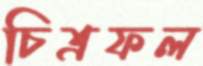
চিত্রফল